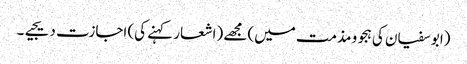
(ابو سفیان کی ہجو و مذمت میں) مجھے (اشعار کہنے کی) اجازت دیجیے۔